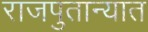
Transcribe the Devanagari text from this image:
राजपुतान्यात